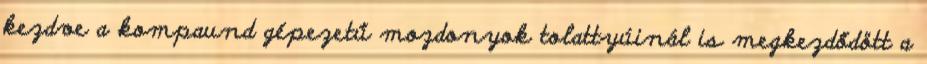
kezdve a kompaund gépezetű mozdonyok tolattyúinál is megkezdődött a